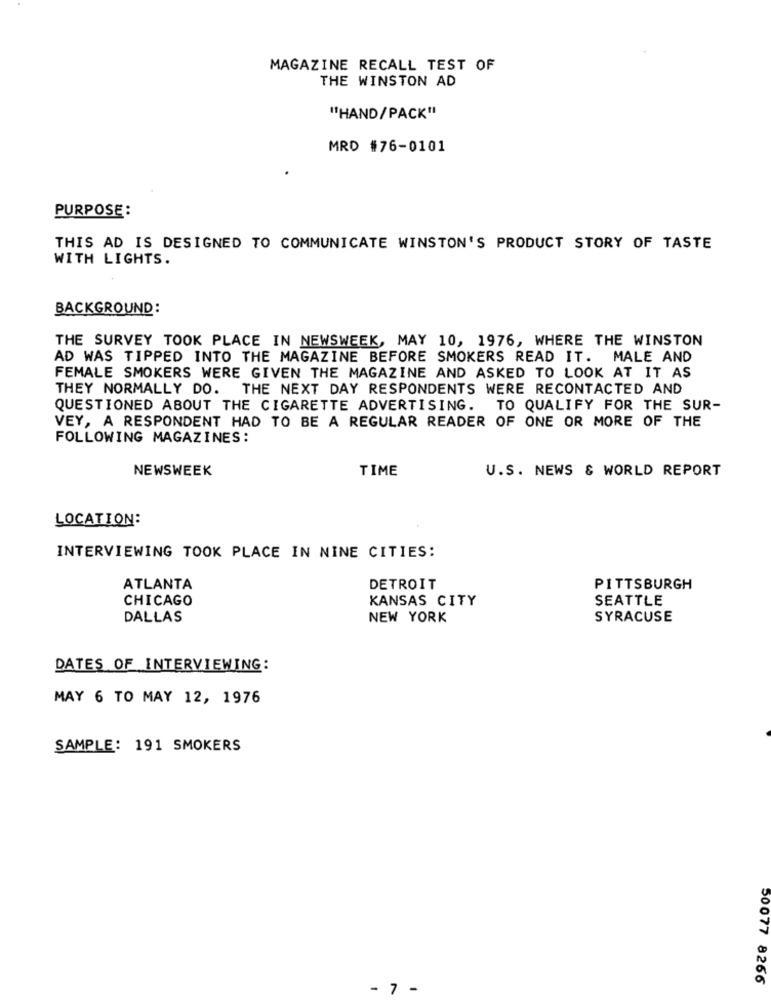
MAGAZINE RECALL TEST OF
THE WINSTON AD
"HAND/PACK"
MRD #76-0101
PURPOSE:
THIS AD IS DESIGNED TO COMMUNICATE WINSTON'S PRODUCT STORY OF TASTE
WITH LIGHTS.
BACKGROUND:
THE SURVEY TOOK PLACE IN NEWSWEEK, MAY 10, 1976, WHERE THE WINSTON
AD WAS TIPPED INTO THE MAGAZINE BEFORE SMOKERS READ IT. MALE AND
FEMALE SMOKERS WERE GIVEN THE MAGAZINE AND ASKED TO LOOK AT IT AS
THEY NORMALLY DO. THE NEXT DAY RESPONDENTS WERE RECONTACTED AND
QUESTIONED ABOUT THE CIGARETTE ADVERTISING. TO QUALIFY FOR THE SUR-
VEY, A RESPONDENT HAD TO BE A REGULAR READER OF ONE OR MORE OF THE
FOLLOWING MAGAZINES:
NEWSWEEK
TIME
U.S. NEWS & WORLD REPORT
LOCATION:
INTERVIEWING TOOK PLACE IN NINE CITIES:
ATLANTA
DETROIT
PITTSBURGH
CHICAGO
KANSAS CITY
SEATTLE
DALLAS
NEW YORK
SYRACUSE
DATES OF INTERVIEWING:
MAY 6 TO MAY 12, 1976
SAMPLE: 191 SMOKERS
50077 8266
- 7 -